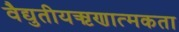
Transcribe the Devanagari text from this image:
वैद्युतीयऋणात्मकता